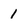
Character: 1